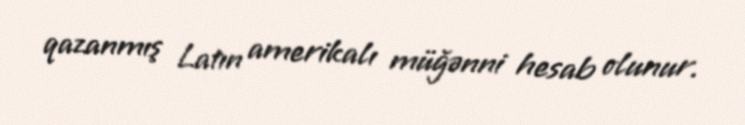
qazanmış Latın amerikalı müğənni hesab olunur.